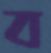
ব